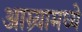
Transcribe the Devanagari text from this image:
आग्र्यामध्ये